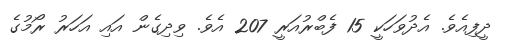
ދީފިއެވެ. އެދުވަހަކީ 15 ފެބްރުއަރީ 207 އެވެ. ވިދިގެން އައި އަހަރު ރޯމުގެ